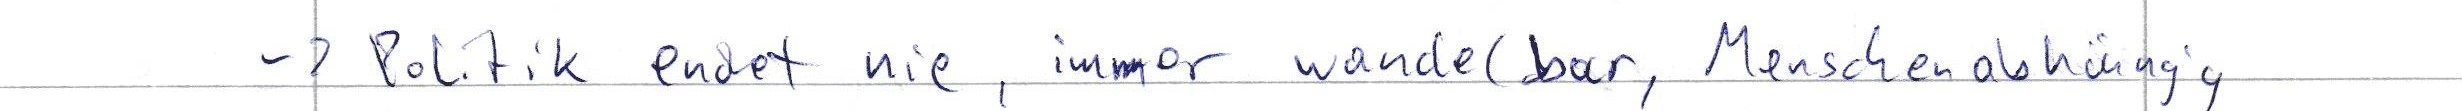
-> Politik endet nie, immer wandelbar, Menschenabhängig